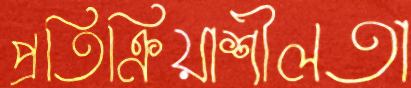
প্রতিক্রিয়াশীলতা